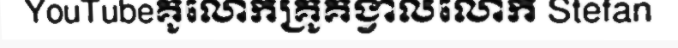
YouTubeគូលោកគ្រូគង្វាលលោក Stefan